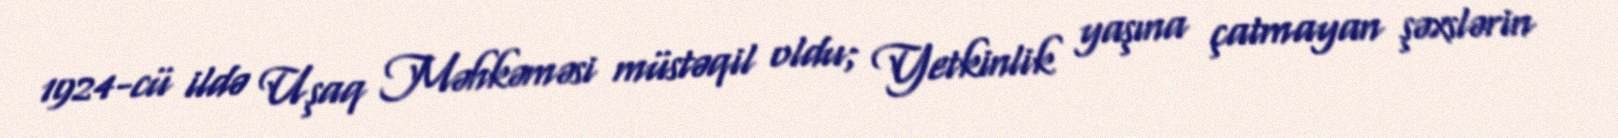
1924-cü ildə Uşaq Məhkəməsi müstəqil oldu; Yetkinlik yaşına çatmayan şəxslərin